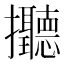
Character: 𢺭